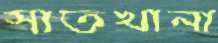
সাতখানা